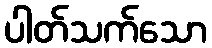
ပါတ်သက်သော